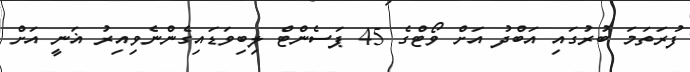
ފުރަތަމަ ބުރުގައި އަބްދު އަށް ވޯޓްގެ 45 ޕަސެންޓް ލިބިވަޑައިގެންނެވިއިރު ޣަނީ އަށް